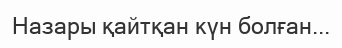
Назары қайтқан күн болған...